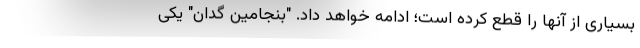
بسیاری از آنها را قطع کرده است؛ ادامه خواهد داد. "بنجامین گدان" یکی